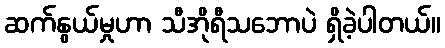
ဆက်နွယ်မှုဟာ သီအိုရီသဘောပဲ ရှိခဲ့ပါတယ်။